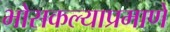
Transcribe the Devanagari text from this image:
भोसकल्याप्रमाणे